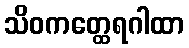
သိဝကတ္ထေရဂါထာ